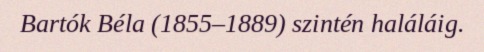
Bartók Béla (1855–1889) szintén haláláig.